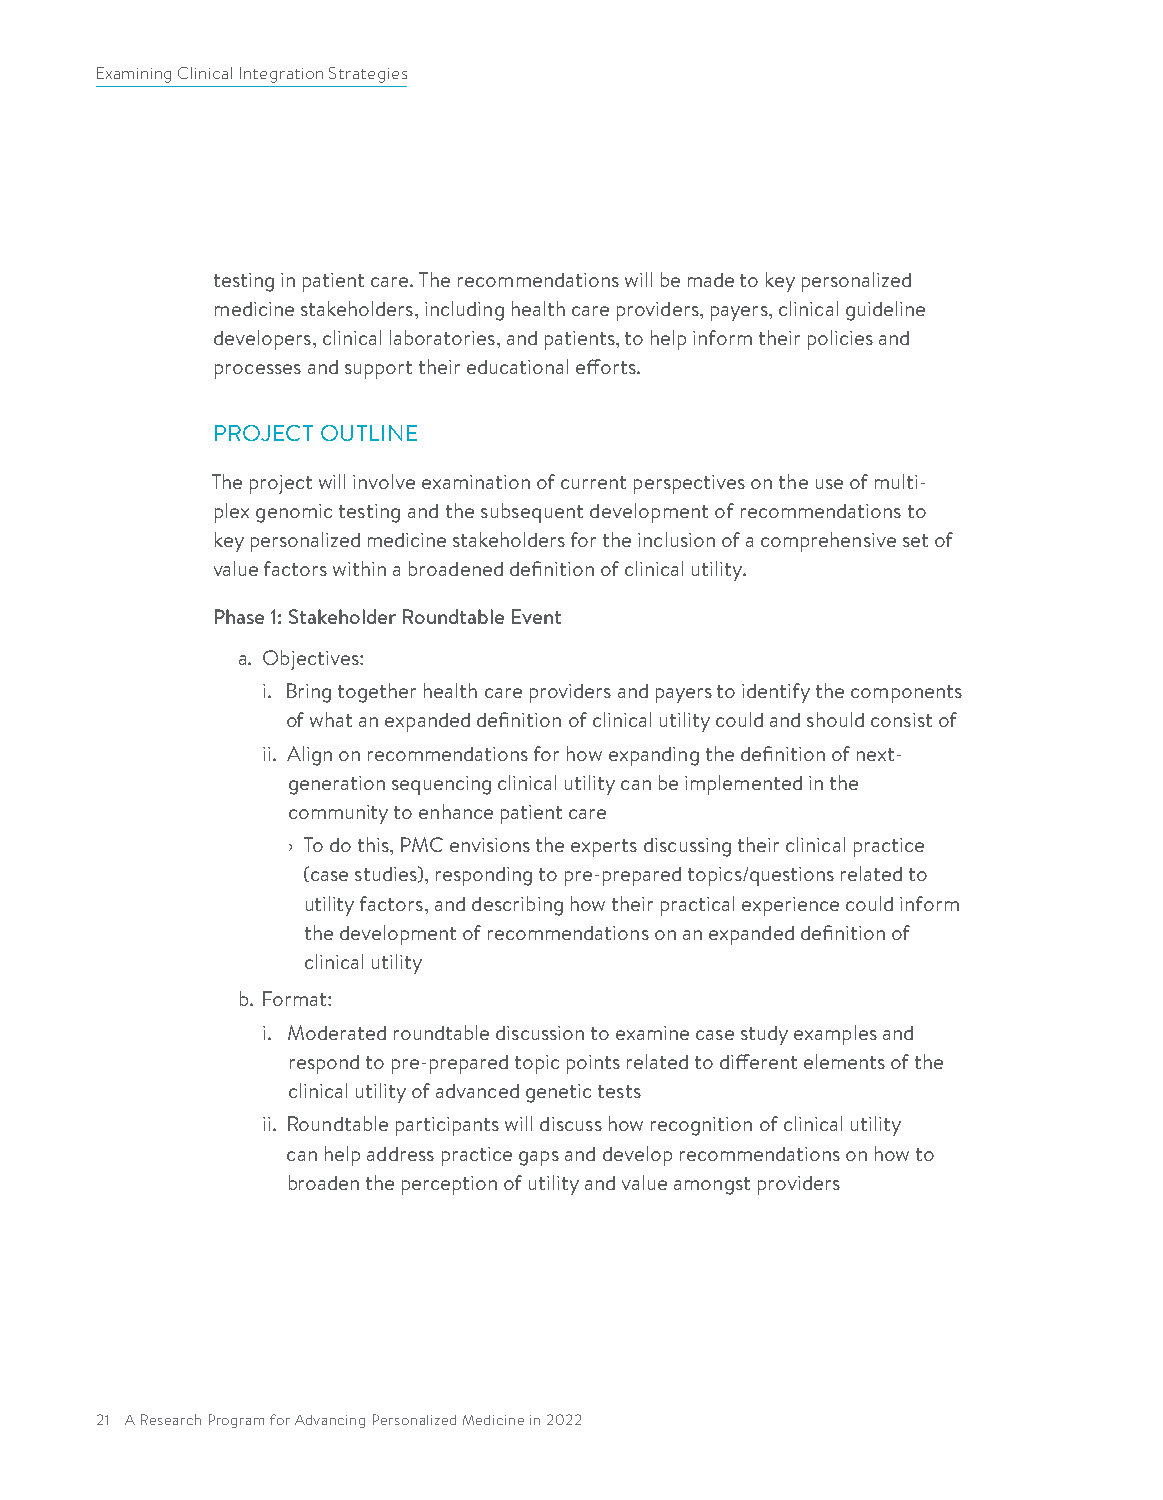
Examining Clinical Integration Strategies
 testing in patient care. The recommendations will be made to key personalized
 medicine stakeholders, including health care providers, payers, clinical guideline
 developers, clinical laboratories, and patients, to help inform their policies and
 processes and support their educational efforts.
 PROJECT OUTLINE
 The project will involve examination of current perspectives on the use of multi-
 plex genomic testing and the subsequent development of recommendations to
 key personalized medicine stakeholders for the inclusion of a comprehensive set of
 value factors within a broadened definition of clinical utility.
 Phase 1: Stakeholder Roundtable Event
 a. Objectives:
 i. Bring together health care providers and payers to identify the components
 of what an expanded definition of clinical utility could and should consist of
 ii. Align on recommendations for how expanding the definition of next-
 generation sequencing clinical utility can be implemented in the
 community to enhance patient care
 › To do this, PMC envisions the experts discussing their clinical practice
 (case studies), responding to pre-prepared topics/questions related to
 utility factors, and describing how their practical experience could inform
 the development of recommendations on an expanded definition of
 clinical utility
 b. Format:
 i. Moderated roundtable discussion to examine case study examples and
 respond to pre-prepared topic points related to different elements of the
 clinical utility of advanced genetic tests
 ii. Roundtable participants will discuss how recognition of clinical utility
 can help address practice gaps and develop recommendations on how to
 broaden the perception of utility and value amongst providers
 21 A Research Program for Advancing Personalized Medicine in 2022